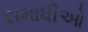
સમાધીઓ